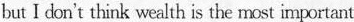
but I don't think wealth is the mast important